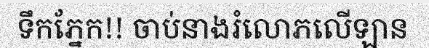
ទឹកភ្នែក!! ចាប់នាងរំលោភលើឡាន